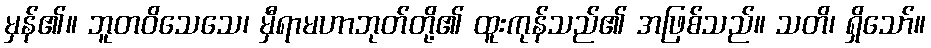
မှန်၏။ ဘူတဝိသေသေ၊ မှီရာမဟာဘုတ်တို့၏ ထူးကုန်သည်၏ အဖြစ်သည်။ သတိ၊ ရှိသော်။